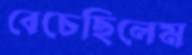
বেচেছিলেম